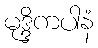
မုဒ္ဒိကပါနံ